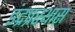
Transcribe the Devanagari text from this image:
इंद्रप्रस्थास